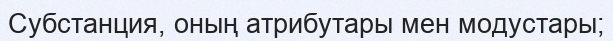
Субстанция, оның атрибутары мен модустары;